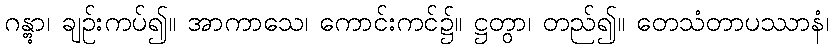
ဂန္တွာ၊ ချဉ်းကပ်၍။ အာကာသေ၊ ကောင်းကင်၌။ ဋ္ဌတွာ၊ တည်၍။ တေသံတာပဿာနံ၊